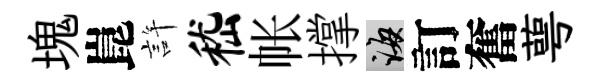
塊崑許嵇帐撑誨訂奮萼